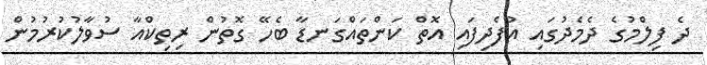
ދެ ފިލްމުގެ ދެމެދުގައި އުފެދިފައި އޮތް ކަންތައްގަނޑާ ބެހޭ ގޮތުން ރިތިކްއާ ސުވާލުކުރުމުން